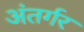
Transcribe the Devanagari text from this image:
अंतर्गर